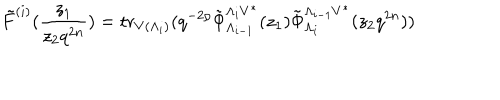
LaTeX: \tilde { F } ^ { ( i ) } ( \frac { z _ { 1 } } { z _ { 2 } q ^ { 2 n } } ) = \mathrm { t r } _ { V ( \Lambda _ { i } ) } ( q ^ { - 2 \rho } \tilde { \Phi } _ { \Lambda _ { i - 1 } } ^ { \Lambda _ { i } V ^ { * } } ( z _ { 1 } ) \tilde { \Phi } _ { \Lambda _ { i } } ^ { \Lambda _ { i - 1 } V ^ { * } } ( z _ { 2 } q ^ { 2 n } ) )